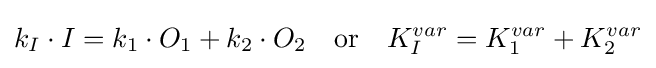
k_{I}\cdot I=k_{1}\cdot O_{1}+k_{2}\cdot O_{2}\quad {\text{or}}\quad K_{I}^{var}=K_{1}^{var}+K_{2}^{var}